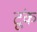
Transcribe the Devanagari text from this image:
टूंक